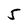
Character: 5